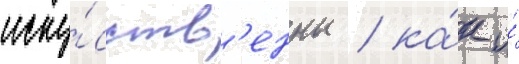
иску́сств'енны / ка́к и́